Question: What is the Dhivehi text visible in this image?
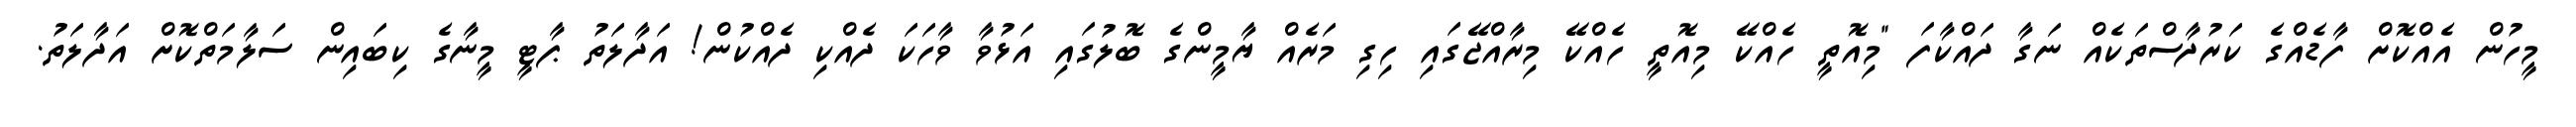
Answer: މީހުން އެއްކޮށް ފާޑެއްގެ ކަރުދާސްތަކެއް ނަގާ ދައްކާފަ "މިއޮތީ ހެއްކޭ މިއޮތީ ހެއްކޭ މިރާއްޖޭގައި ހިގި މަރެއް ޔާމީންގެ ބޮލުގައި އަޅުވާ ވާހަކަ ދެއްކި ދެއްކުން! އަދާލަތު ޕާޓީ މީނާގެ ކިބައިން ސަލާމަތްކޮށް އަދާލަތު.